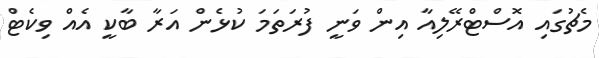
މެޗުގައި އޮސްޓްރޭލިއާ އިން ވަނީ ފުރަތަމަ ކުޅެން އަރާ ބާކީ އެއް ވިކެޓް